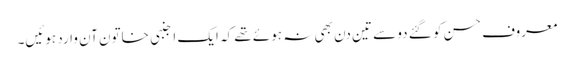
معروف حسن کو گئے دو سے تین دن بھی نہ ہوئے تھے کہ ایک اجنبی خاتون آن وارد ہوئیں۔